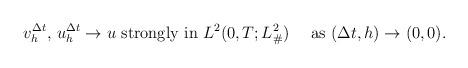
LaTeX: \begin{align*} \begin{aligned} &v^{\Delta t}_{h},\, u^{\Delta t}_{h}\to u\textrm{ strongly in }L^{2}(0,T;L^{2}_{\#})\quad\textrm{ as }(\Delta t,h)\to(0,0). \end{aligned} \end{align*}